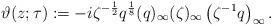
LaTeX: \begin{align*}\vartheta(z;\tau):=-i\zeta^{-\frac12}q^{\frac18}(q)_{\infty}(\zeta )_{\infty}\left(\zeta^{-1}q\right)_{\infty}.\end{align*}